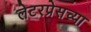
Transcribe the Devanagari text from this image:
लेटरप्रेसच्या